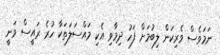
ނަމަވެސް ވެރިކަން ލިބުމަށް ފަހު ދިމާވި އެކި މައްސަލަތަކާ ހުރެ ރައީސް ވަނީ